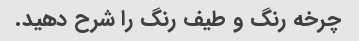
چرخه رنگ و طیف رنگ را شرح دهید.